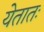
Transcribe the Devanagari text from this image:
येतातः